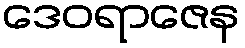
ဒေဝရာဇေန